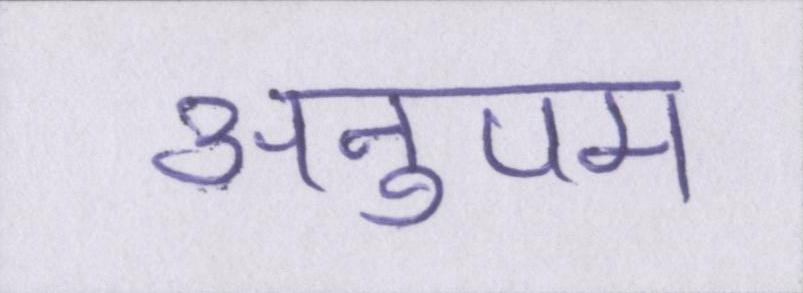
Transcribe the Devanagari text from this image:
अनुपम